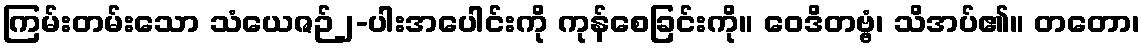
ကြမ်းတမ်းသော သံယေဇဉ်၂-ပါးအပေါင်းကို ကုန်စေခြင်းကို။ ဝေဒိတဗ္ဗံ၊ သိအပ်၏။ တတော၊